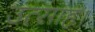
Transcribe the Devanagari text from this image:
उत्‍साह।